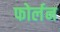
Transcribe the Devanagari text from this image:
फोर्लन